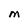
Character: M